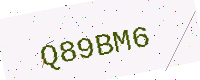
Text: Q89BM6